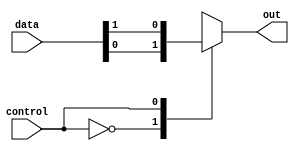
module multiplexer_128to1 (
  input [127:0] data,
  input control,
  output reg out
);

always @ (*) begin
  case (control)
    7'd0: out = data[0];
    7'd1: out = data[1];
    7'd2: out = data[2];
    // Continue for all input signals up to 127
    default: out = data[127];
  endcase
end

endmodule